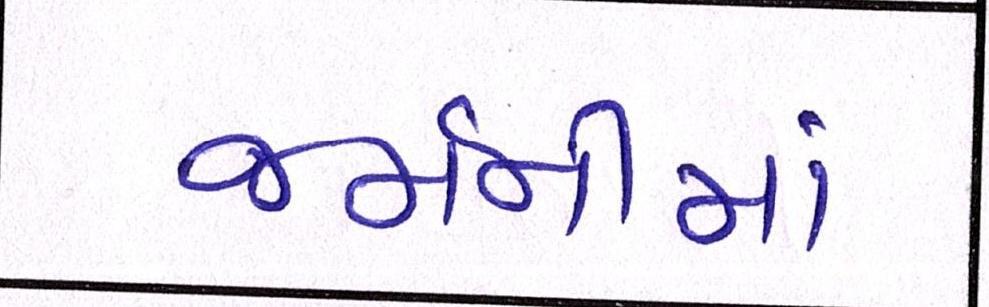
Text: જર્મનીમાં